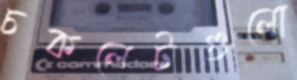
চকলেটগুলো